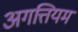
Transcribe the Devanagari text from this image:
अगत्तियम